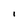
Character: l